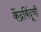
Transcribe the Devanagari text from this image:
केंद्रबिंदूची